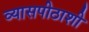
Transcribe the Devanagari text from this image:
व्यासपीठाशी